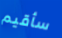
سأقيم